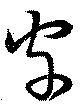
字